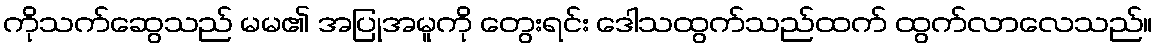
ကိုသက်ဆွေသည် မမ၏ အပြုအမူကို တွေးရင်း ဒေါသထွက်သည်ထက် ထွက်လာလေသည်။